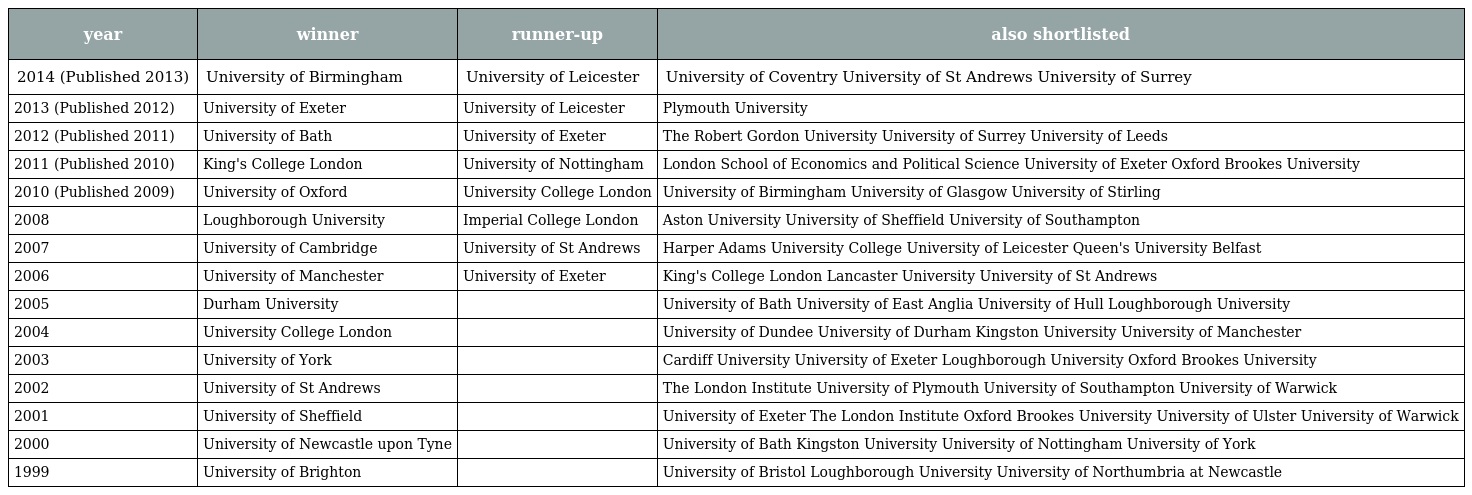
| year | winner | runner-up | also shortlisted |
 | --- | --- | --- | --- |
 | 2014 (Published 2013) | University of Birmingham | University of Leicester | University of Coventry University of St Andrews University of Surrey |
 | 2013 (Published 2012) | University of Exeter | University of Leicester | Plymouth University |
 | 2012 (Published 2011) | University of Bath | University of Exeter | The Robert Gordon University University of Surrey University of Leeds |
 | 2011 (Published 2010) | King's College London | University of Nottingham | London School of Economics and Political Science University of Exeter Oxford Brookes University |
 | 2010 (Published 2009) | University of Oxford | University College London | University of Birmingham University of Glasgow University of Stirling |
 | 2008 | Loughborough University | Imperial College London | Aston University University of Sheffield University of Southampton |
 | 2007 | University of Cambridge | University of St Andrews | Harper Adams University College University of Leicester Queen's University Belfast |
 | 2006 | University of Manchester | University of Exeter | King's College London Lancaster University University of St Andrews |
 | 2005 | Durham University |  | University of Bath University of East Anglia University of Hull Loughborough University |
 | 2004 | University College London |  | University of Dundee University of Durham Kingston University University of Manchester |
 | 2003 | University of York |  | Cardiff University University of Exeter Loughborough University Oxford Brookes University |
 | 2002 | University of St Andrews |  | The London Institute University of Plymouth University of Southampton University of Warwick |
 | 2001 | University of Sheffield |  | University of Exeter The London Institute Oxford Brookes University University of Ulster University of Warwick |
 | 2000 | University of Newcastle upon Tyne |  | University of Bath Kingston University University of Nottingham University of York |
 | 1999 | University of Brighton |  | University of Bristol Loughborough University University of Northumbria at Newcastle |